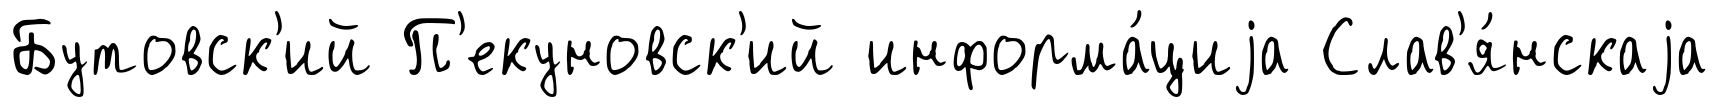
Бутовск'ий П'екуновск'ий информа́циjа Слав'я́нскаjа